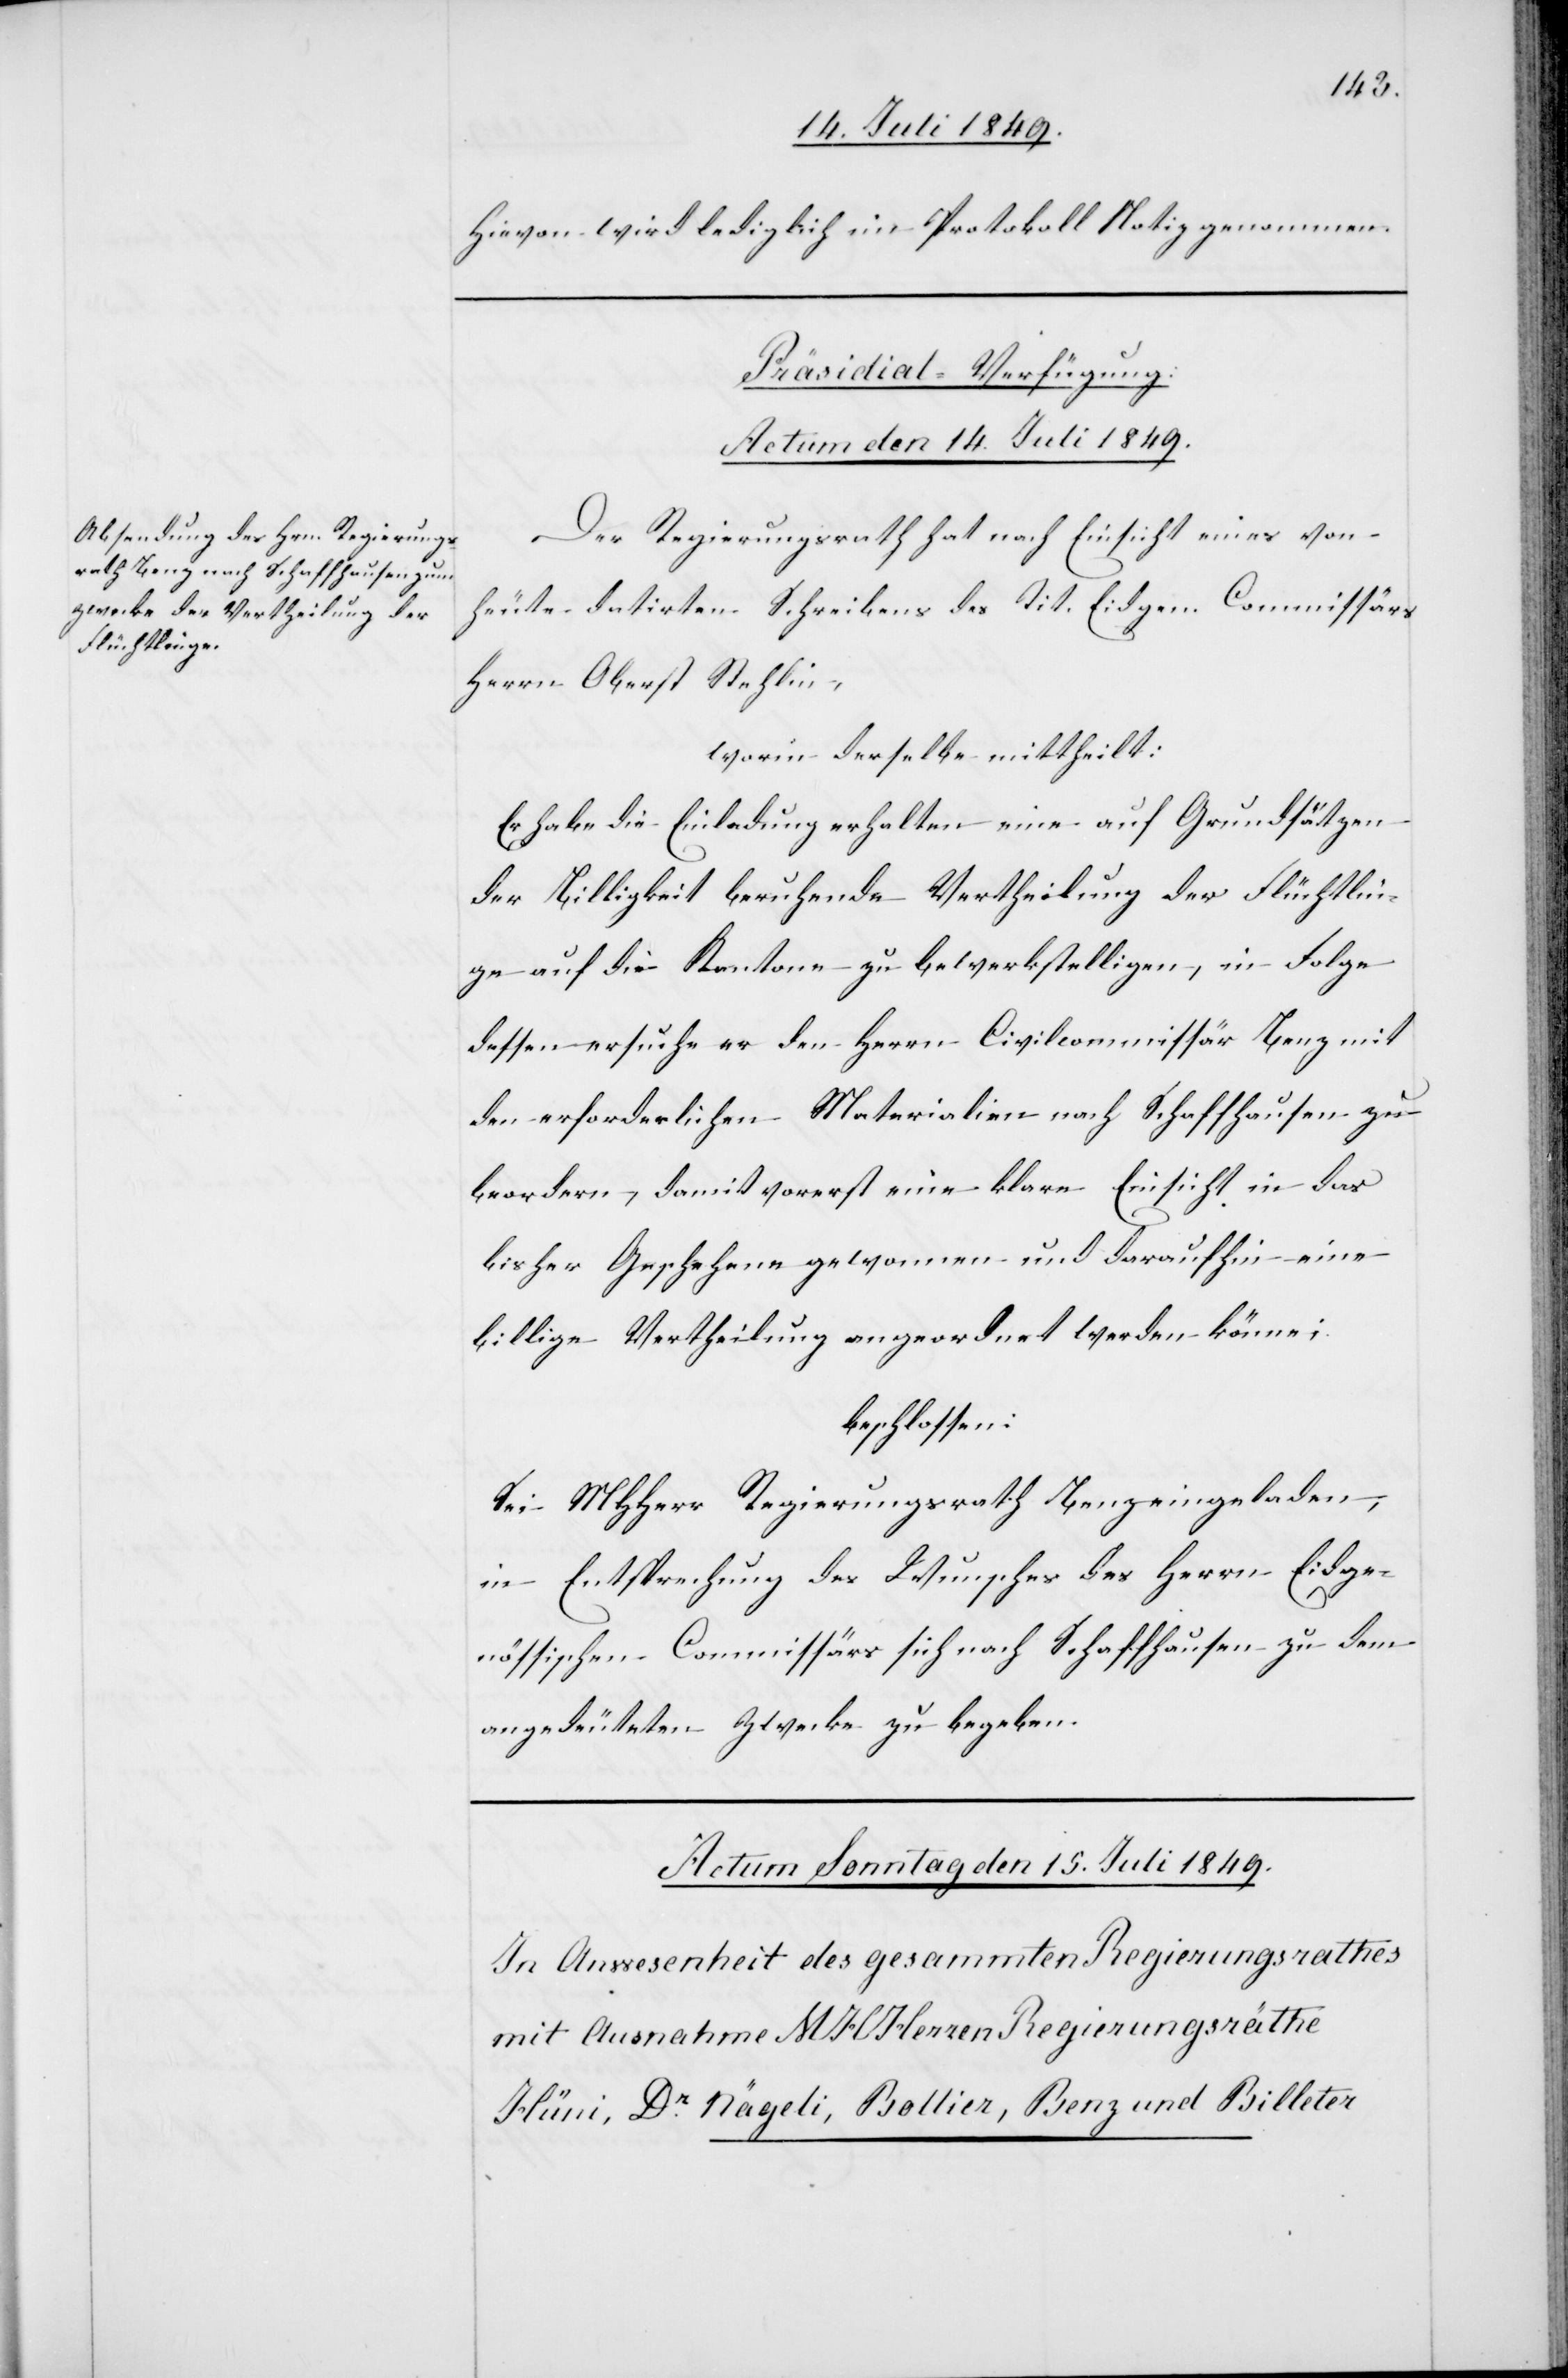
Hievon wird lediglich im Protokoll Notiz genommen.
Präsidial-Verfügung.
Actum den 14. Juli 1849.
Der Regierungsrath hat nach Einsicht eines von
heute datirten Schreibens des Tit. Eidgen. Commissärs
Herrn Oberst Stehlin,
worin derselbe mittheilt:
Er habe die Einladung erhalten eine auf Grundsätzen
der Billigkeit beruhende Vertheilung der Flüchtlin¬
ge auf die Kantone zu bewerkstelligen, in Folge
dessen ersuche er den Herrn Civilkommissär Benz mit
den erforderlichen Materialien nach Schaffhausen zu
beordern, damit vorerst eine klare Einsicht in das
bisher Geschehene gewonnen und daraufhin eine
billige Vertheilung angeordnet werden könne;
beschlossen:
Sei MHHerr Regierungsrath Benz eingeladen,
in Entsprechung des Wunsches des Herrn Eidge¬
nössischen Commissärs sich nach Schaffhausen zu dem
angedeuteten Zwecke zu begeben.